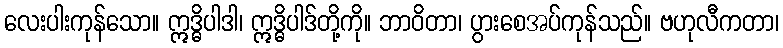
လေးပါးကုန်သော။ ဣဒ္ဓိပါဒါ၊ ဣဒ္ဓိပါဒ်တို့ကို။ ဘာဝိတာ၊ ပွားစေအပ်ကုန်သည်။ ဗဟုလီကတာ၊